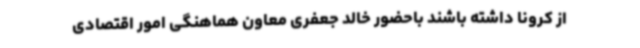
از کرونا داشته باشند باحضور خالد جعفری معاون هماهنگی امور اقتصادی